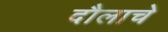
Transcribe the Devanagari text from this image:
दौलाचे